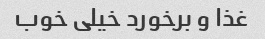
غذا و برخورد خیلی خوب